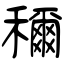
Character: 穪